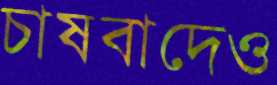
চাষবাদেও